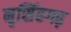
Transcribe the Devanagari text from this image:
नृसिंहगढ़